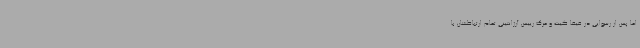
اما پس از رسوایی در فیفا گیت و مرگ رییس آرژانتینی تمام ارتباطشان با